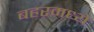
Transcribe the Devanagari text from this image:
बहरमध्ये